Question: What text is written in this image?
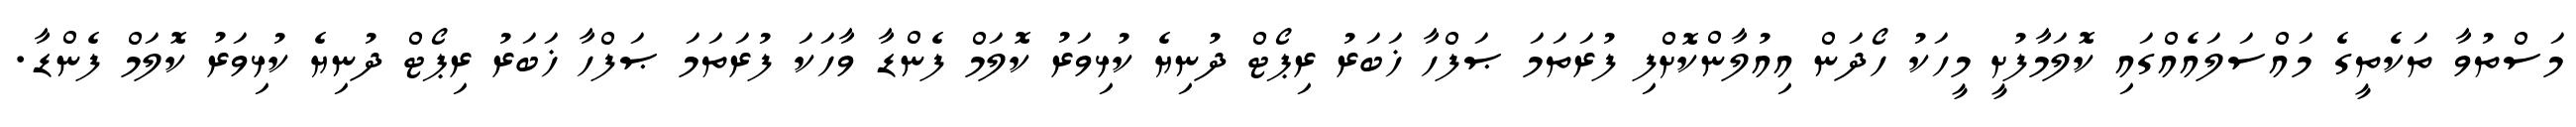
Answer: މަސްތުވާ ތަކެތީގެ މައްސަލައެއްގައި ކޮލަމާފުށީ މީހަކު ހޯދަން އިއުލާންކޮށްފި ފުރަތަމަ ޞަފްހާ ޚަބަރު ރިޕޯޓް ދުނިޔެ ކުޅިވަރު ކޮލަމް ފެންޑާ ވާހަކަ ފުރަތަމަ ޞަފްހާ ޚަބަރު ރިޕޯޓް ދުނިޔެ ކުޅިވަރު ކޮލަމް ފެންޑާ.